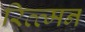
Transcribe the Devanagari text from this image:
रित्त्मन